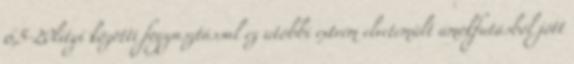
6,5-20lityi közötti fogyasztással ez utóbbi extrém elvetemült ámokfutásból jött